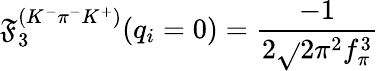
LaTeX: \mathfrak{F}_{3}^{(K^{-}\pi^{-}K^{+})}(q_{i}=0)=\frac{{-1}}{{2\sqrt{}{{2}}\pi^{2}f_{\pi}^{3}}}